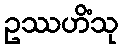
ဥဿဟိံသု